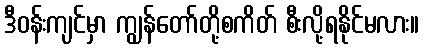
ဒီဝန်းကျင်မှာ ကျွန်တော်တို့စကိတ် စီးလို့ရနိုင်မလား။